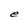
Character: e